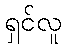
ရှင်လူ